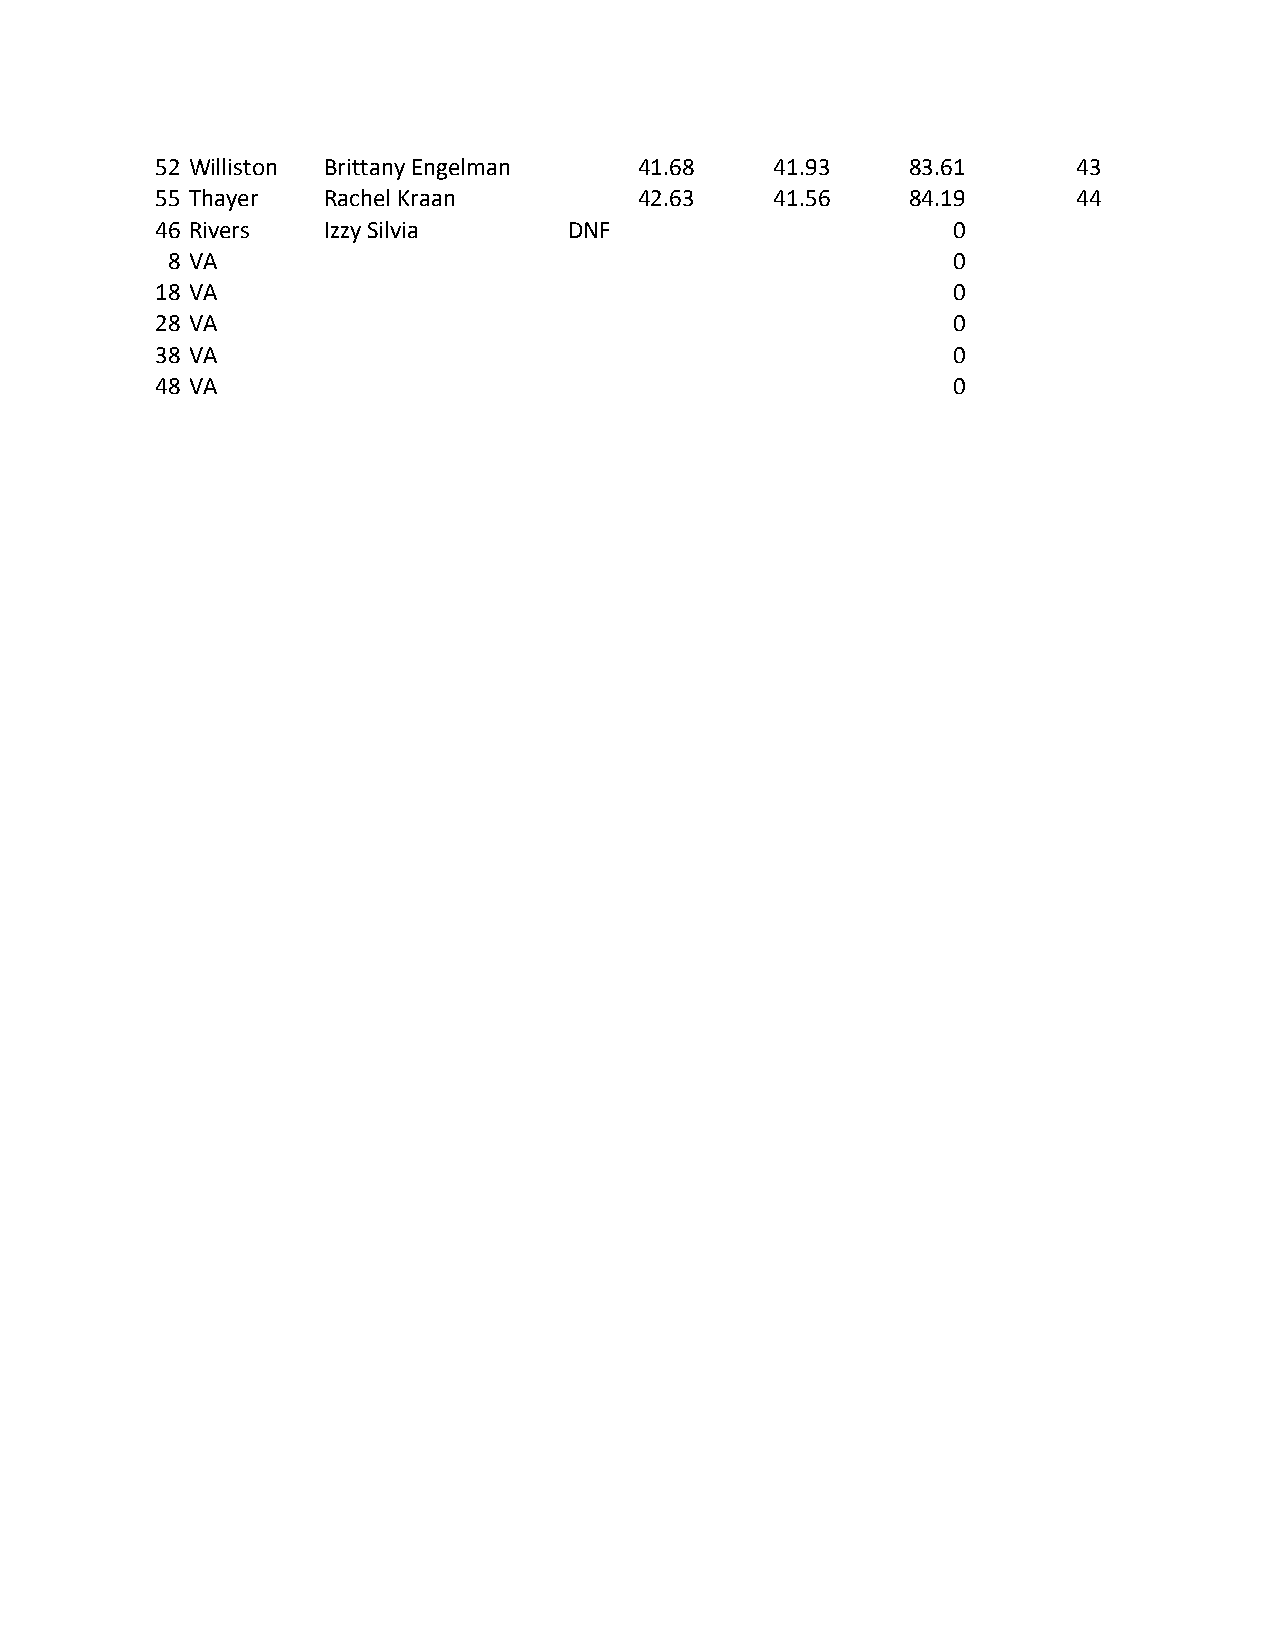
52 Williston Brittany Engelman  41.68    41.93    83.61      43
 55 Thayer  Rachel Kraan         42.63    41.56    84.19      44
 46 Rivers  Izzy Silvia      DNF                      0
 8 VA                                                0
 18 VA                                                0
 28 VA                                                0
 38 VA                                                0
 48 VA                                                0